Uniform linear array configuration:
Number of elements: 64
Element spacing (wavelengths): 0.5
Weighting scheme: kaiser
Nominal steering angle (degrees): -15
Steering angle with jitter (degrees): -14.689
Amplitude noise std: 0.05
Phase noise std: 0.05

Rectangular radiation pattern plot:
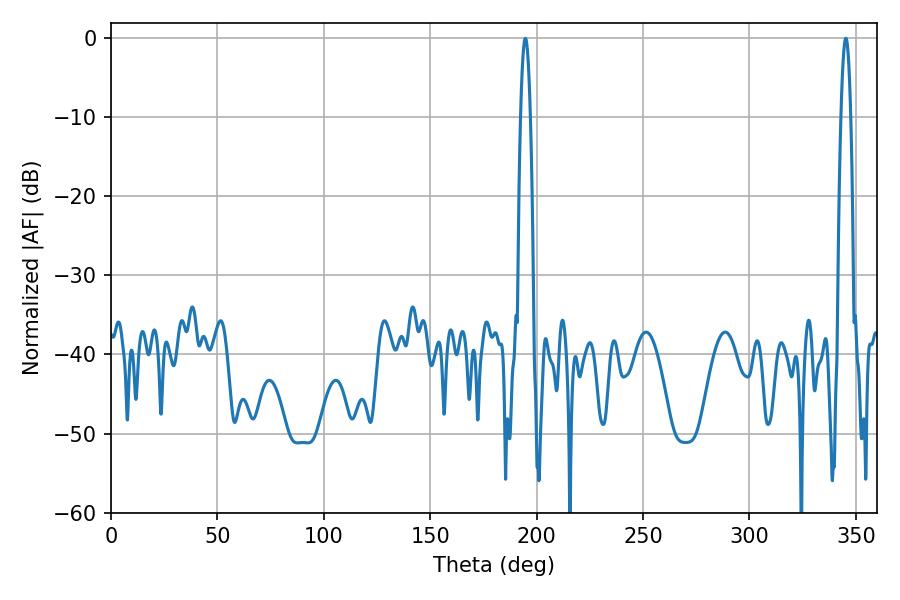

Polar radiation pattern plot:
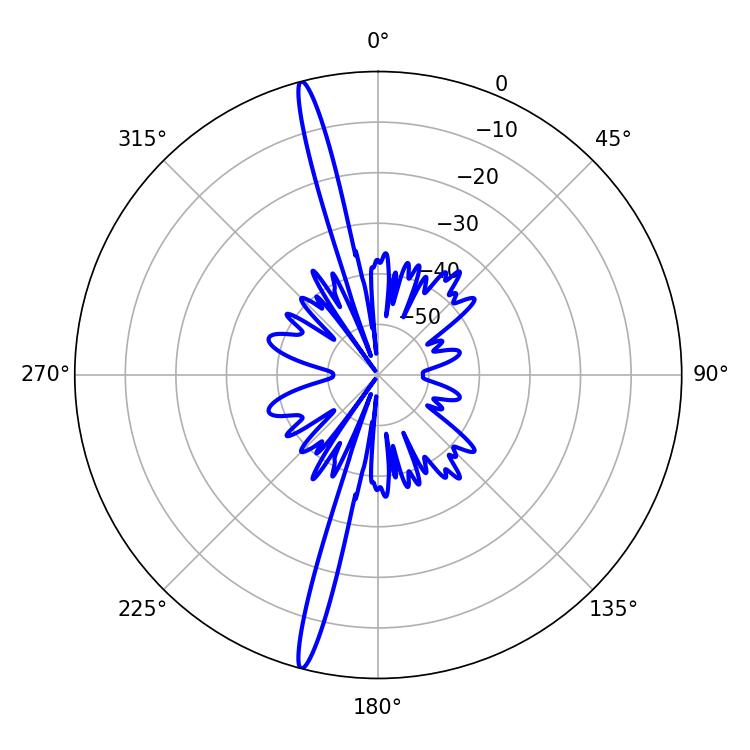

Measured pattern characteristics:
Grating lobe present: FALSE
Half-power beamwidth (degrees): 2.52
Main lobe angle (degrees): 345.24